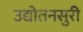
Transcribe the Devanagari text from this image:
उद्योतनसुरी